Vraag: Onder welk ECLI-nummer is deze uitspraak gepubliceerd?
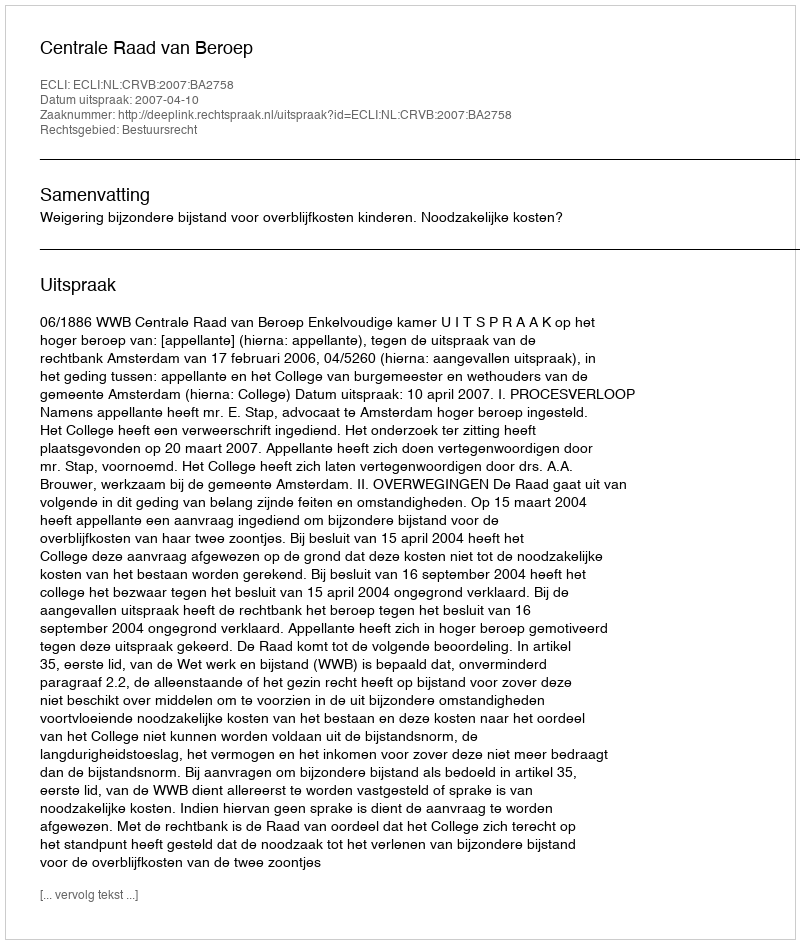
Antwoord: ECLI:NL:CRVB:2007:BA2758